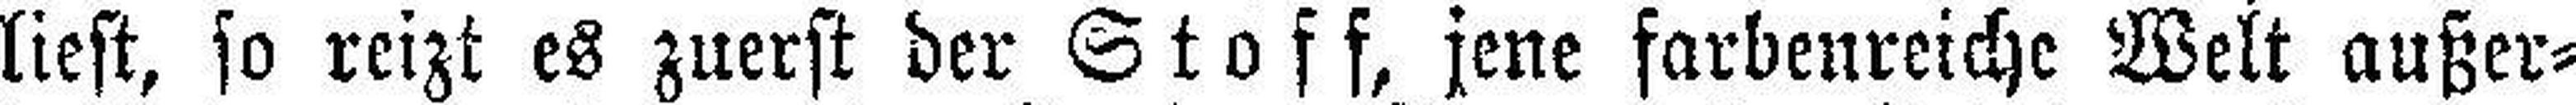
liest, so reizt es zuerst der Stoff, jene farbenreiche Welt außer¬